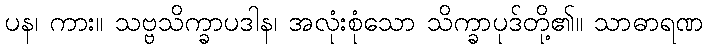
ပန၊ ကား။ သဗ္ဗသိက္ခာပဒါန၊ အလုံးစုံသော သိက္ခာပုဒ်တို့၏။ သာဓာရဏ